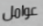
عوامل